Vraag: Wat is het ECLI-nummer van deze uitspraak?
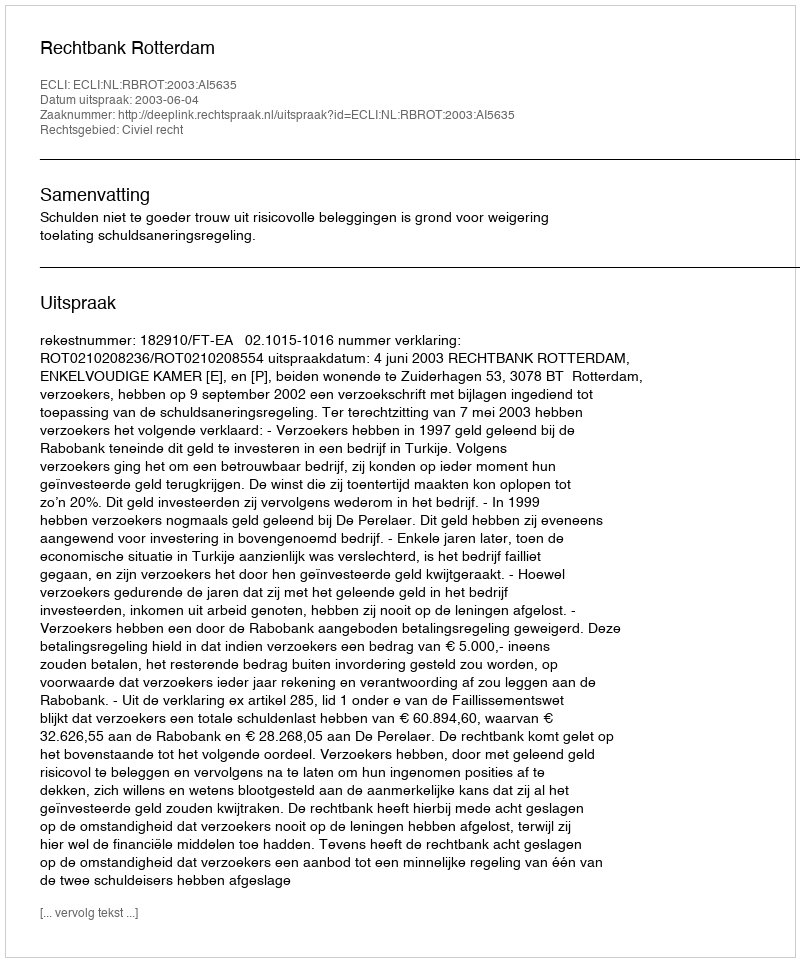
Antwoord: ECLI:NL:RBROT:2003:AI5635